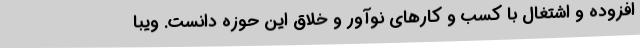
افزوده و اشتغال با کسب‌ و کارهای نوآور و خلاق این حوزه دانست. ویبا